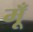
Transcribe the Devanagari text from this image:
मूँ